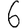
Digit: 6